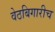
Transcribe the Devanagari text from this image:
वेठबिगारीच